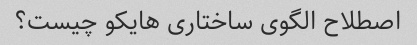
اصطلاح الگوی ساختاری هایکو چیست؟